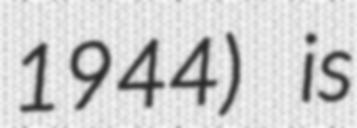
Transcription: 1944) is